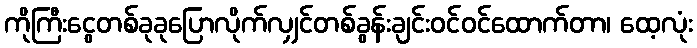
ကိုကြီးငွေတစ်ခုခုပြောလိုက်လျှင်တစ်ခွန်းချင်းဝင်ဝင်ထောက်တာ၊ ထေ့လုံး